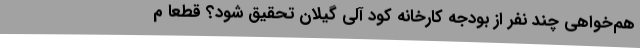
هم‌خواهی چند نفر از بودجه کارخانه کود آلی گیلان تحقیق شود؟ قطعا م